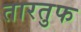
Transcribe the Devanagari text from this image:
तारतुफ